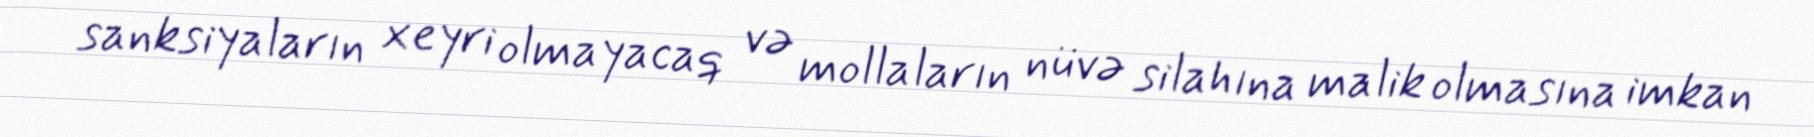
sanksiyaların xeyri olmayacaq və mollaların nüvə silahına malik olmasına imkan